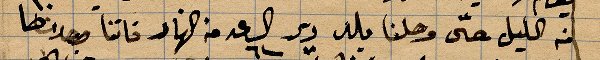
من الليل حتى وصلنا بلد دير الساعد ٦ من النهار فاتنا بعد انها